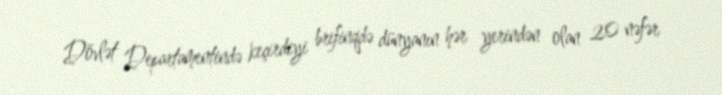
Dövlət Departamentində keçirdiyi brifinqdə dünyanın hər yerindən olan 20 nəfər